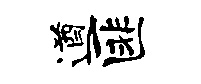
遒匪